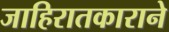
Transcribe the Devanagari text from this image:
जाहिरातकाराने